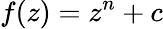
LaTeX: f(z)=z^{n}+c